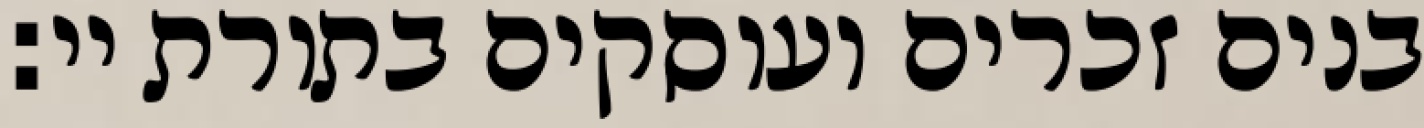
בנים זכרים ועוסקים בתורת יי: